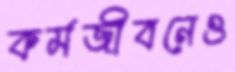
কর্মজীবনেও